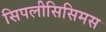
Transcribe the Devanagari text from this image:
सिपलीसिसिमस